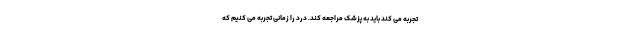
تجربه می کند باید به پزشک مراجعه کند. درد را زمانی تجربه می کنیم که